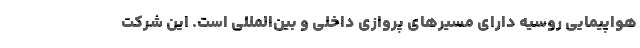
هواپیمایی روسیه دارای مسیرهای پروازی داخلی و بین‌المللی است. این شرکت